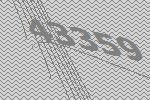
43359